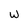
Character: W